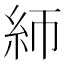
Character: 𰫚